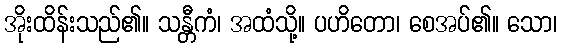
အိုးထိန်းသည်၏။ သန္တီကံ၊ အထံသို့။ ပဟိတော၊ စေအပ်၏။ သော၊